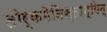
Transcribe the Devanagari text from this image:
तोर्कमेनिस्तान्यिन्